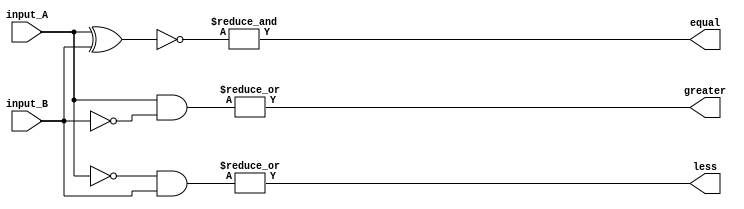
module comparator (
    input [7:0] input_A,
    input [7:0] input_B,
    output equal,
    output greater,
    output less
);

wire [7:0] equal_bits;
wire [7:0] greater_bits;
wire [7:0] less_bits;

assign equal_bits = ~(input_A ^ input_B);
assign greater_bits = (input_A & ~input_B);
assign less_bits = (~input_A & input_B);

assign equal = &equal_bits;
assign greater = |greater_bits;
assign less = |less_bits;

endmodule